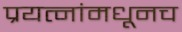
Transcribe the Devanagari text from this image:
प्रयत्नांमधूनच